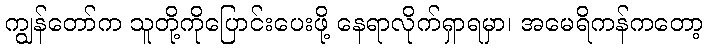
ကျွန်တော်က သူတို့ကိုပြောင်းပေးဖို့ နေရာလိုက်ရှာရမှာ၊ အမေရိကန်ကတော့